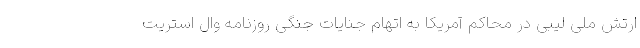
ارتش ملی لیبی در محاکم آمریکا به اتهام جنایات جنگی روزنامه وال استریت